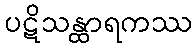
ပဋိသန္ထာရကဿ